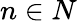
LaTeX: n\in N